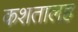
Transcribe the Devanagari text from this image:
कशतालह